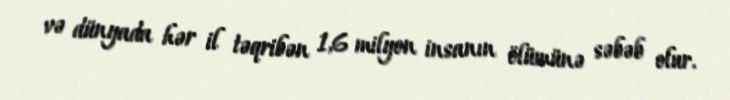
və dünyada hər il təqribən 1,6 milyon insanın ölümünə səbəb olur.